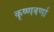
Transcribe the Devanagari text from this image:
कृष्णवर्णा